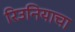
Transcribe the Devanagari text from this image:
रिउनियाचा